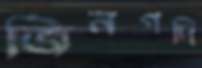
জিনগদি